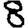
Digit: 8